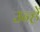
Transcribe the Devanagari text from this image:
उन्हें